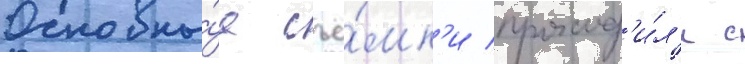
Основны́е съё́мк'и проход'и́л'и с